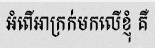
អំពើអាក្រក់មកលើខ្ញុំ គឺ